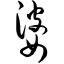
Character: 婆